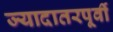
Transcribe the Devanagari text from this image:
ज्यादातरपूर्वी